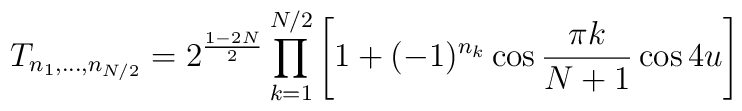
T_{n_1,\ldots, n_{N/2}}=2^{\frac{1-2N}{2}}\prod_{k=1}^{N/2}\left[1+(-1)^{n_k}\cos \frac{\pi k}{N+1}\cos 4u\right]